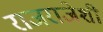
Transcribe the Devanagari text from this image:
राजराजेशी